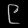
Digit: ၉